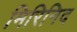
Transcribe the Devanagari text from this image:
मिरिनिद